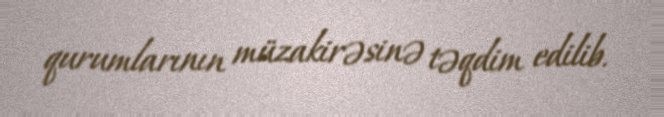
qurumlarının müzakirəsinə təqdim edilib.